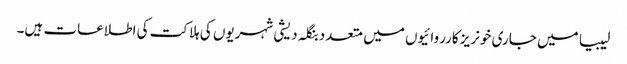
لیبیا میں جاری خونریز کارروائیوں میں متعدد بنگلہ دیشی شہریوں کی ہلاکت کی اطلاعات ہیں۔